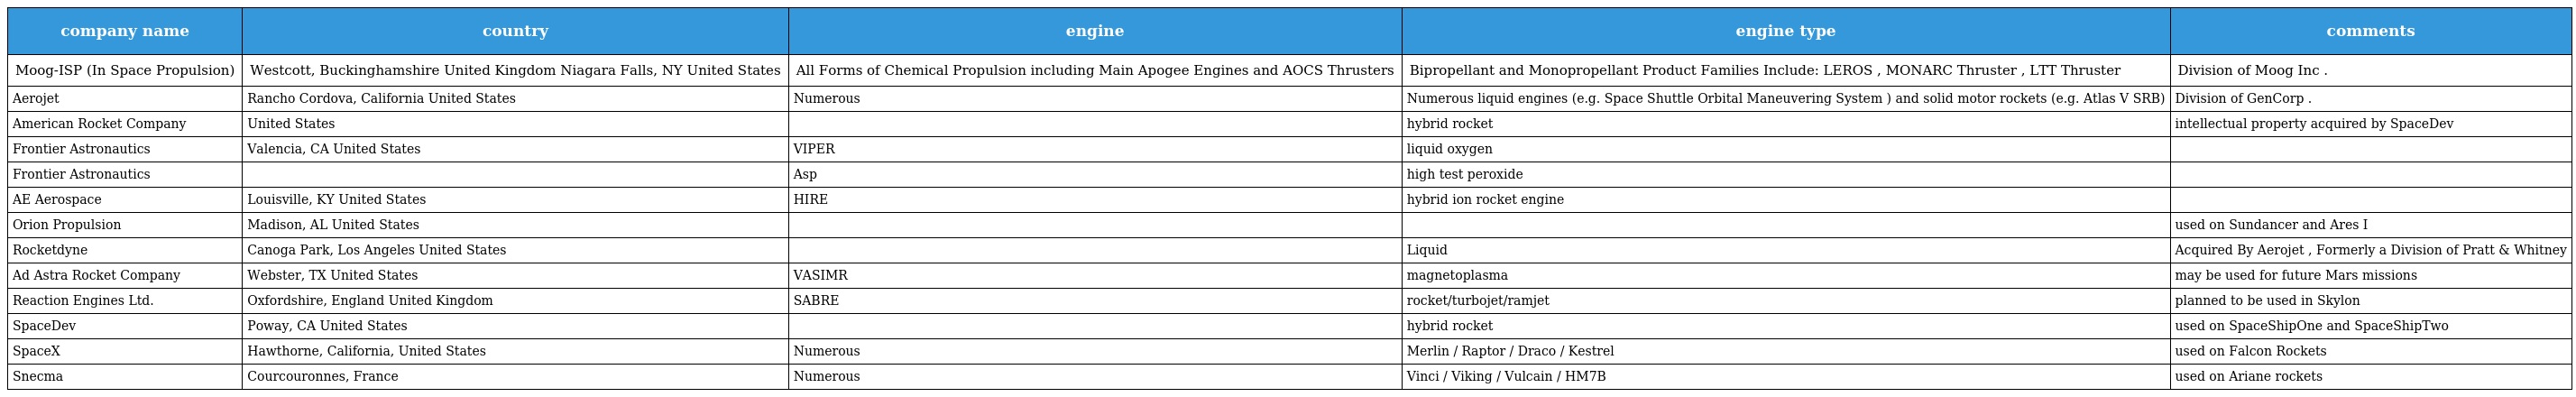
| company name | country | engine | engine type | comments |
 | --- | --- | --- | --- | --- |
 | Moog-ISP (In Space Propulsion) | Westcott, Buckinghamshire United Kingdom Niagara Falls, NY United States | All Forms of Chemical Propulsion including Main Apogee Engines and AOCS Thrusters | Bipropellant and Monopropellant Product Families Include: LEROS , MONARC Thruster , LTT Thruster | Division of Moog Inc . |
 | Aerojet | Rancho Cordova, California United States | Numerous | Numerous liquid engines (e.g. Space Shuttle Orbital Maneuvering System ) and solid motor rockets (e.g. Atlas V SRB) | Division of GenCorp . |
 | American Rocket Company | United States |  | hybrid rocket | intellectual property acquired by SpaceDev |
 | Frontier Astronautics | Valencia, CA United States | VIPER | liquid oxygen |  |
 | Frontier Astronautics |  | Asp | high test peroxide |  |
 | AE Aerospace | Louisville, KY United States | HIRE | hybrid ion rocket engine |  |
 | Orion Propulsion | Madison, AL United States |  |  | used on Sundancer and Ares I |
 | Rocketdyne | Canoga Park, Los Angeles United States |  | Liquid | Acquired By Aerojet , Formerly a Division of Pratt & Whitney |
 | Ad Astra Rocket Company | Webster, TX United States | VASIMR | magnetoplasma | may be used for future Mars missions |
 | Reaction Engines Ltd. | Oxfordshire, England United Kingdom | SABRE | rocket/turbojet/ramjet | planned to be used in Skylon |
 | SpaceDev | Poway, CA United States |  | hybrid rocket | used on SpaceShipOne and SpaceShipTwo |
 | SpaceX | Hawthorne, California, United States | Numerous | Merlin / Raptor / Draco / Kestrel | used on Falcon Rockets |
 | Snecma | Courcouronnes, France | Numerous | Vinci / Viking / Vulcain / HM7B | used on Ariane rockets |